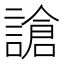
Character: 謒